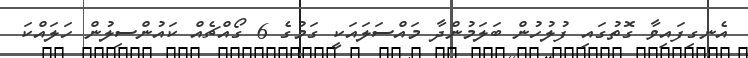
އެނގިފައިވާ ގޮތުގައި ފުލުހުން ބަލަމުންދާ މައްސަލައަކީ ގަމުގެ 6 ގޯއްޗެއް ކައުންސިލުން ހަލައްކަ